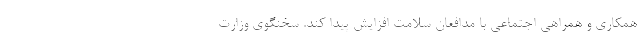
همکاری و همراهی اجتماعی با مدافعان سلامت افزایش پیدا کند. سخنگوی وزارت